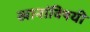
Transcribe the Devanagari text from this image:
खानांविषयी